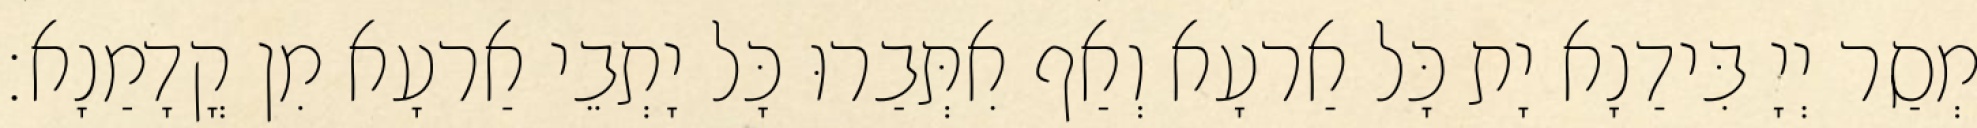
מְסַר יְיָ בִּידַנָא יָת כָּל אַרעָא וְאַף אִתְּבַרוּ כָּל יָתְבֵי אַרעָא מִן קֳדָמַנָא׃